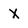
Character: x